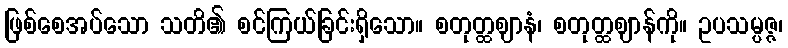
ဖြစ်စေအပ်သော သတိ၏ စင်ကြယ်ခြင်းရှိသော။ စတုတ္ထဈာနံ၊ စတုတ္ထဈာန်ကို။ ဥပသမ္ပဇ္ဇ၊